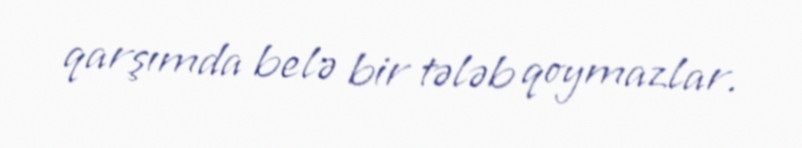
qarşımda belə bir tələb qoymazlar.